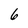
Character: 6